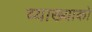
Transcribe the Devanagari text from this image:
व्याख्याको